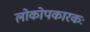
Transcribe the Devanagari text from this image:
लोकोपकारकः